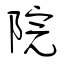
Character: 院